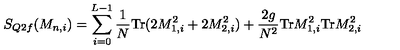
S _ { Q 2 f } ( M _ { n , i } ) = \sum _ { i = 0 } ^ { L - 1 } \frac { 1 } { N } \mathrm { T r } ( 2 M _ { 1 , i } ^ { 2 } + 2 M _ { 2 , i } ^ { 2 } ) + \frac { 2 g } { N ^ { 2 } } \mathrm { T r } M _ { 1 , i } ^ { 2 } \mathrm { T r } M _ { 2 , i } ^ { 2 }